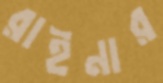
রাইনার